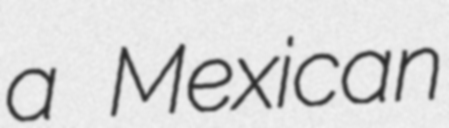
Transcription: a Mexican